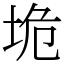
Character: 垝